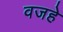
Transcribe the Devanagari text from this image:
वजहे